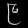
Digit: ၉